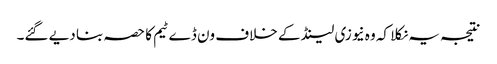
نتیجہ یہ نکلا کہ وہ نیوزی لینڈ کے خلاف ون ڈے ٹیم کا حصہ بنا دیے گئے۔